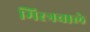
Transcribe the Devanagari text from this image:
मिस्त्रवाले